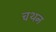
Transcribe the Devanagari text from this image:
चथन